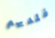
فلديهم